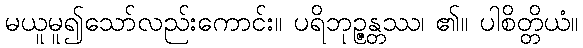
မယူမူ၍သော်လည်းကောင်း။ ပရိဘုဉ္ဇန္တဿ၊ ၏။ ပါစိတ္တိယံ။